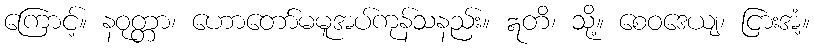
ကြောင့်။ နဝုတ္တာ၊ ဟောတော်မမူအပ်ကုန်သနည်း။ ဣတိ၊ သို့။ စေဝဒေယျ၊ ငြားအံ့။